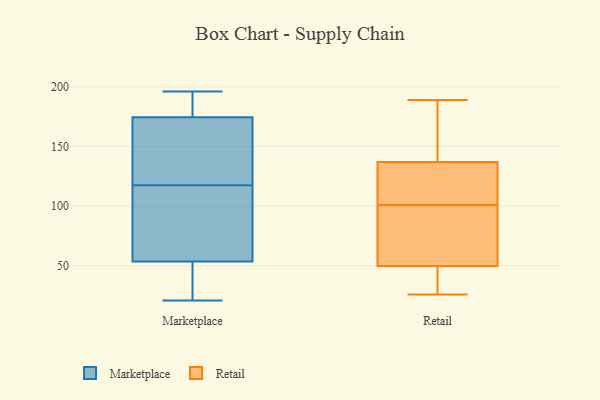
{"axis": {"x": "Headcount", "y": "Value"}, "legend": ["Marketplace", "Retail"], "data": [{"x": "", "y": 47, "type": "Marketplace"}, {"x": "", "y": 71, "type": "Marketplace"}, {"x": "", "y": 178, "type": "Marketplace"}, {"x": "", "y": 22, "type": "Marketplace"}, {"x": "", "y": 151, "type": "Marketplace"}, {"x": "", "y": 32, "type": "Marketplace"}, {"x": "", "y": 92, "type": "Marketplace"}, {"x": "", "y": 196, "type": "Marketplace"}, {"x": "", "y": 21, "type": "Marketplace"}, {"x": "", "y": 53, "type": "Marketplace"}, {"x": "", "y": 54, "type": "Marketplace"}, {"x": "", "y": 175, "type": "Marketplace"}, {"x": "", "y": 83, "type": "Marketplace"}, {"x": "", "y": 143, "type": "Marketplace"}, {"x": "", "y": 55, "type": "Marketplace"}, {"x": "", "y": 190, "type": "Marketplace"}, {"x": "", "y": 174, "type": "Marketplace"}, {"x": "", "y": 188, "type": "Marketplace"}, {"x": "", "y": 174, "type": "Marketplace"}, {"x": "", "y": 152, "type": "Marketplace"}, {"x": "", "y": 158, "type": "Retail"}, {"x": "", "y": 112, "type": "Retail"}, {"x": "", "y": 40, "type": "Retail"}, {"x": "", "y": 189, "type": "Retail"}, {"x": "", "y": 53, "type": "Retail"}, {"x": "", "y": 86, "type": "Retail"}, {"x": "", "y": 36, "type": "Retail"}, {"x": "", "y": 26, "type": "Retail"}, {"x": "", "y": 90, "type": "Retail"}, {"x": "", "y": 101, "type": "Retail"}, {"x": "", "y": 102, "type": "Retail"}, {"x": "", "y": 131, "type": "Retail"}, {"x": "", "y": 155, "type": "Retail"}]}